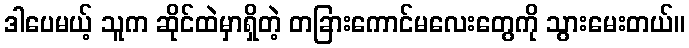
ဒါပေမယ့် သူက ဆိုင်ထဲမှာရှိတဲ့ တခြားကောင်မလေးတွေကို သွားမေးတယ်။